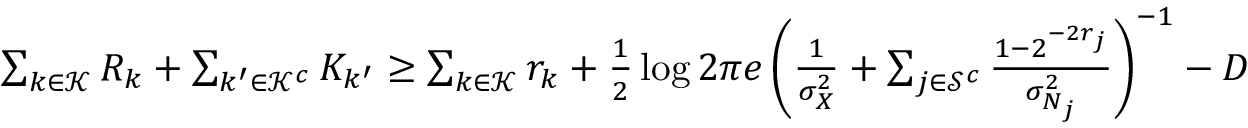
\begin{array} { r } { \sum _ { k \in \mathcal { K } } R _ { k } + \sum _ { { k ^ { \prime } } \in \mathcal { K } ^ { c } } K _ { k ^ { \prime } } \ge \sum _ { k \in \mathcal { K } } r _ { k } + \frac { 1 } { 2 } \log 2 \pi e \left( \frac { 1 } { \sigma _ { X } ^ { 2 } } + \sum _ { j \in \mathcal { S } ^ { c } } \frac { 1 - 2 ^ { - 2 r _ { j } } } { \sigma _ { N _ { j } } ^ { 2 } } \right) ^ { - 1 } - D } \end{array}